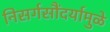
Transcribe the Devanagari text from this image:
निसर्गसौंदर्यामुळे